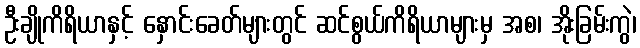
ဦးချိုကိရိယာနှင့် နှောင်းခေတ်များတွင် ဆင်စွယ်ကိရိယာများမှ အစ၊ အိုးခြမ်းကွဲ၊